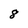
Character: 8